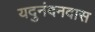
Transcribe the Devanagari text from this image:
यदुनंदनदास